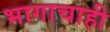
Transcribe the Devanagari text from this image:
भागाचाही